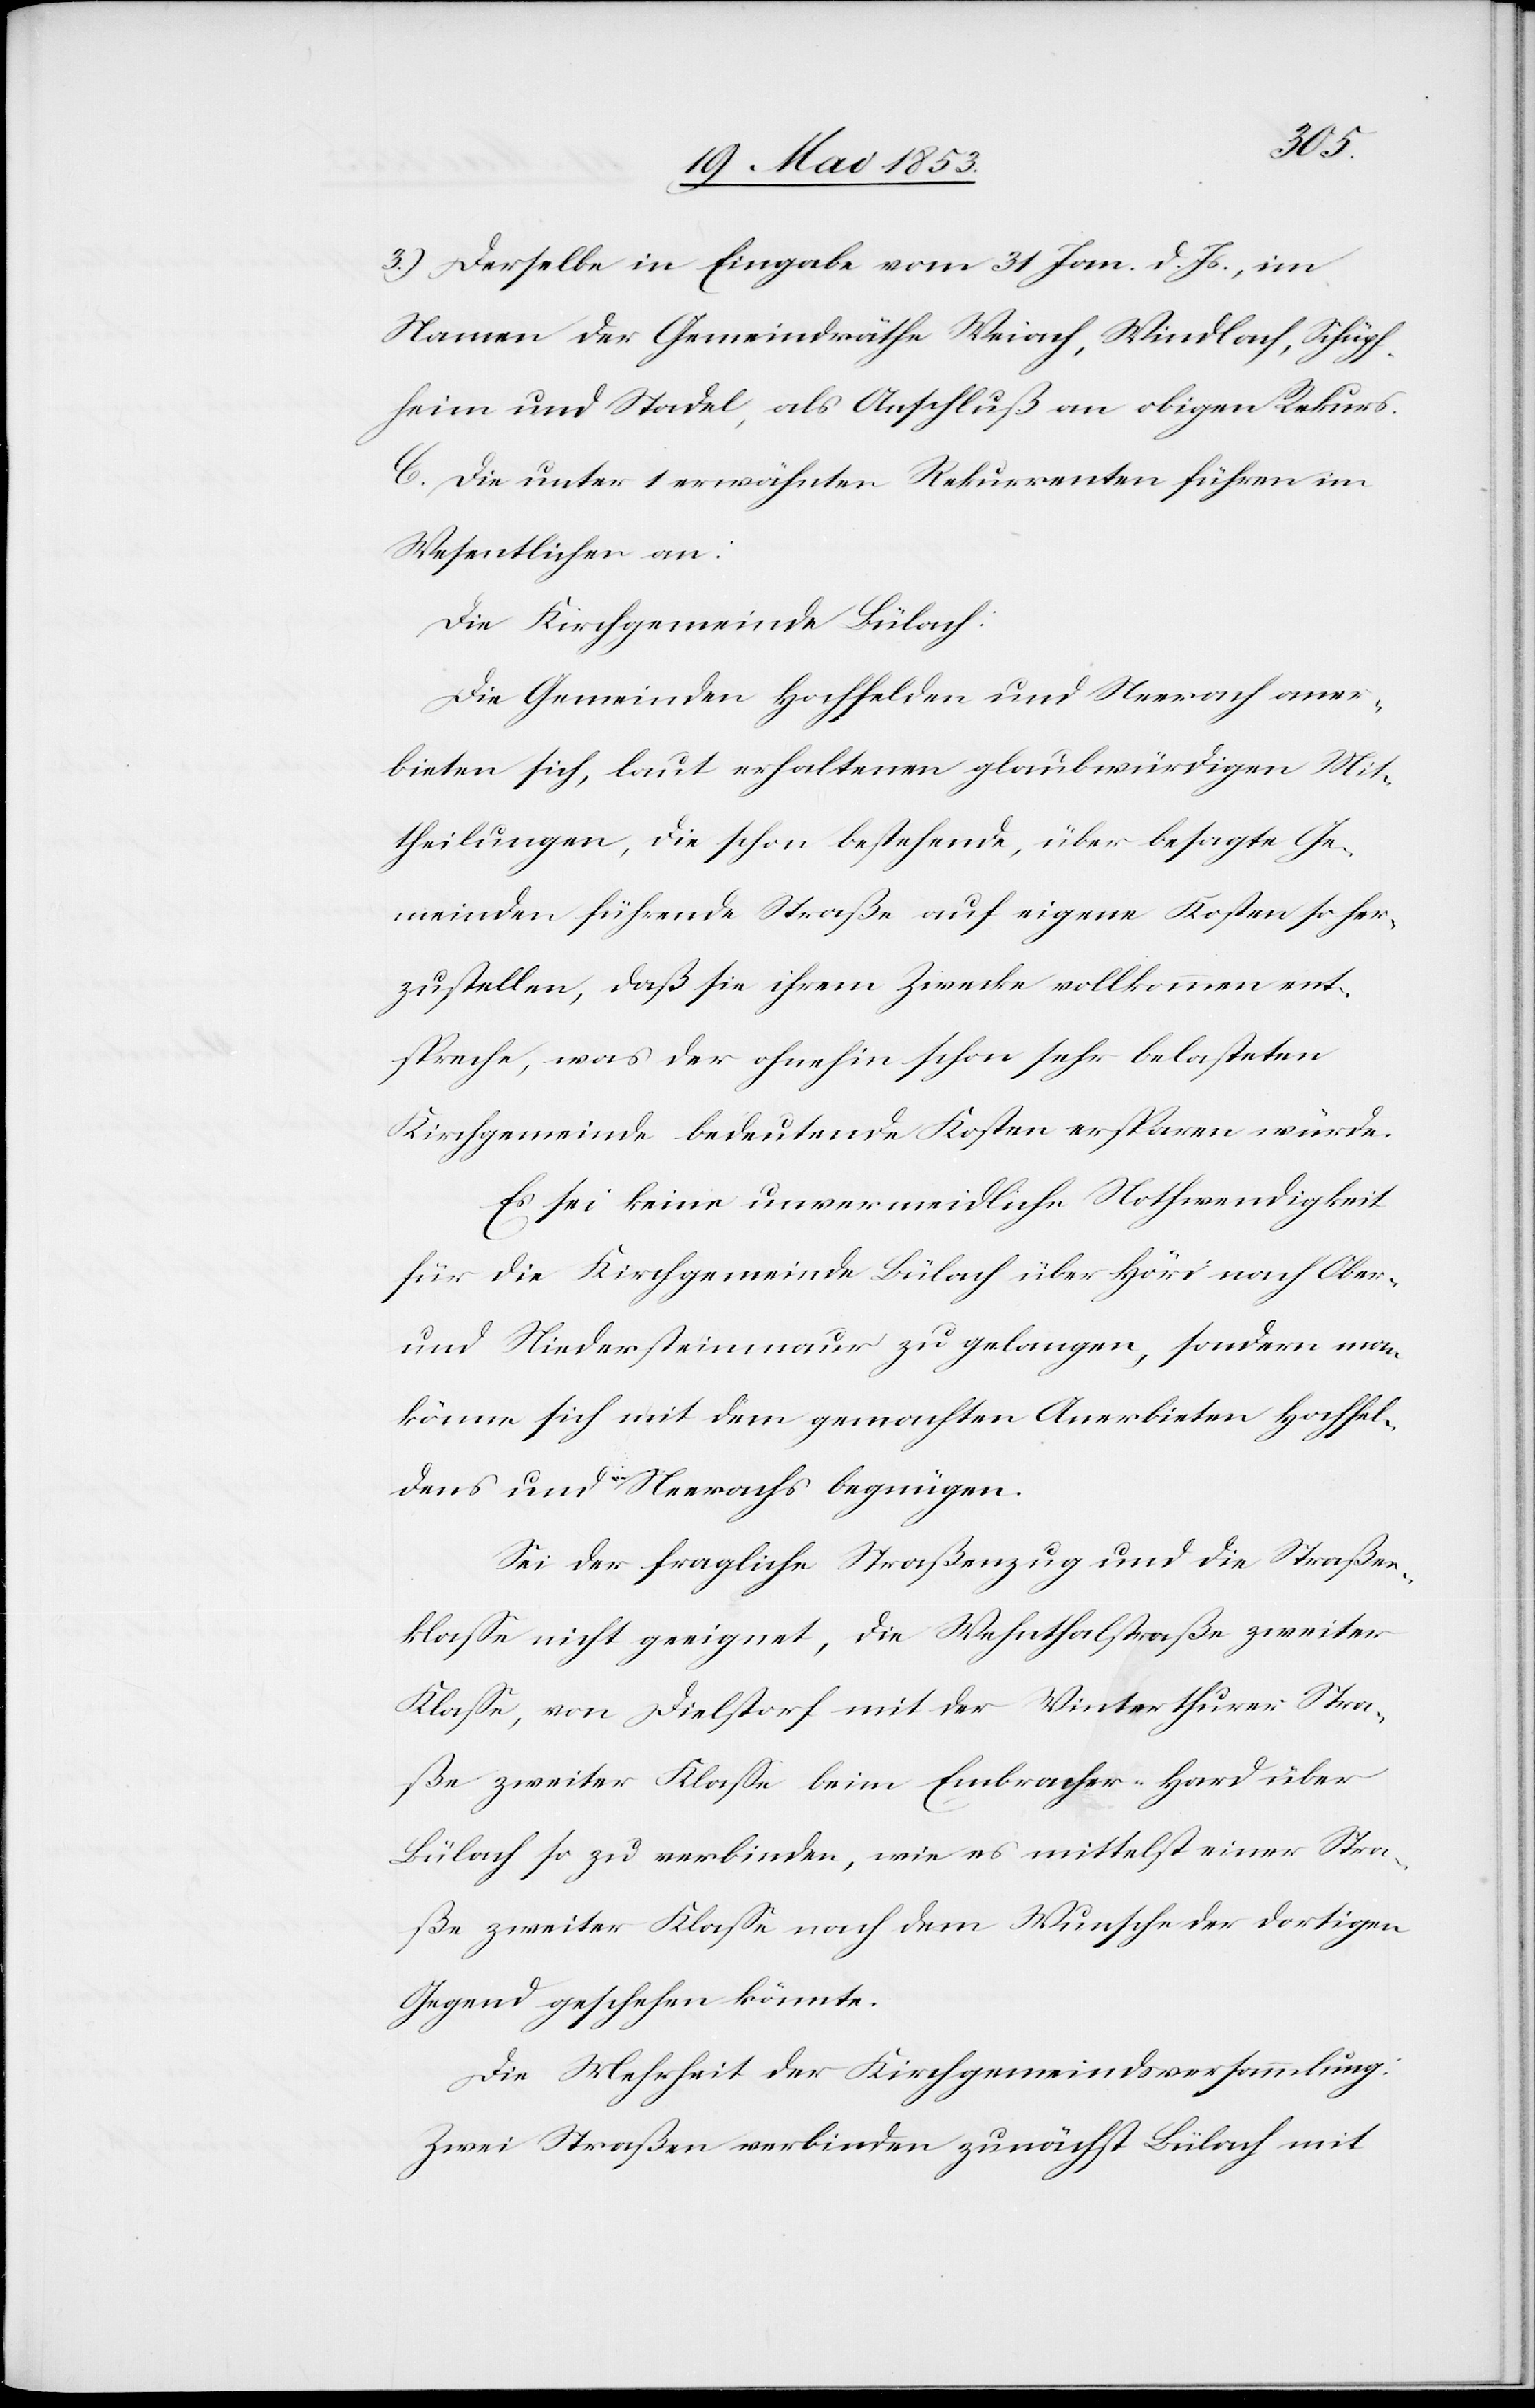
3.) Derselbe in Eingabe vom 31. Jan. d. Js., im
Namen der Gemeindräthe Weiach, Windlach, Schüpf¬
heim und Stadel, als Anschluß an obigen Rekurs.
C. Die unter 1 erwähnten Rekurrenten führen im
Wesentlichen an:
Die Kirchgemeinde Bülach:
Die Gemeinden Hochfelden und Neerach aner¬
bieten sich, laut erhaltenen glaubwürdigen Mit¬
theilungen, die schon bestehende, über besagte Ge¬
meinden führende Straße auf eigene Kosten so her¬
zustellen, daß sie ihrem Zwecke vollkommen ent¬
spreche, was der ohnehin schon sehr belasteten
Kirchgemeinde bedeutende Kosten ersparen würde.
Es sei keine unvermeidliche Nothwendigkeit
für die Kirchgemeinde Bülach über Höri nach Ober-
und Niedersteinmaur zu gelangen, sondern man
könne sich mit dem gemachten Anerbieten Hochfel¬
dens und Neerachs begnügen.
Sei der fragliche Straßenzug und die Straßen¬
klaße nicht geeignet, die Wehnthalstraße zweiter
Klaße, von Dielstorf mit der Winterthurer Stra¬
ße zweiter Klaße beim Embracher-Hard über
Bülach so zu verbinden, wie es mittelst einer Stra¬
ße zweiter Klaße nach dem Wunsche der dortigen
Gegend geschehen könnte.
Die Mehrheit der Kirchgemeindsversammlung:
Zwei Straßen verbinden zunächst Bülach mit